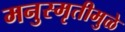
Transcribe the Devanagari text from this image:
मनुस्मृतीमुळे